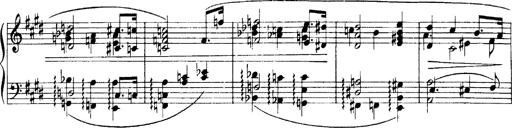
Title: OuvertÃ¼re zu TannhÃ¤user
Composer: Franz Liszt